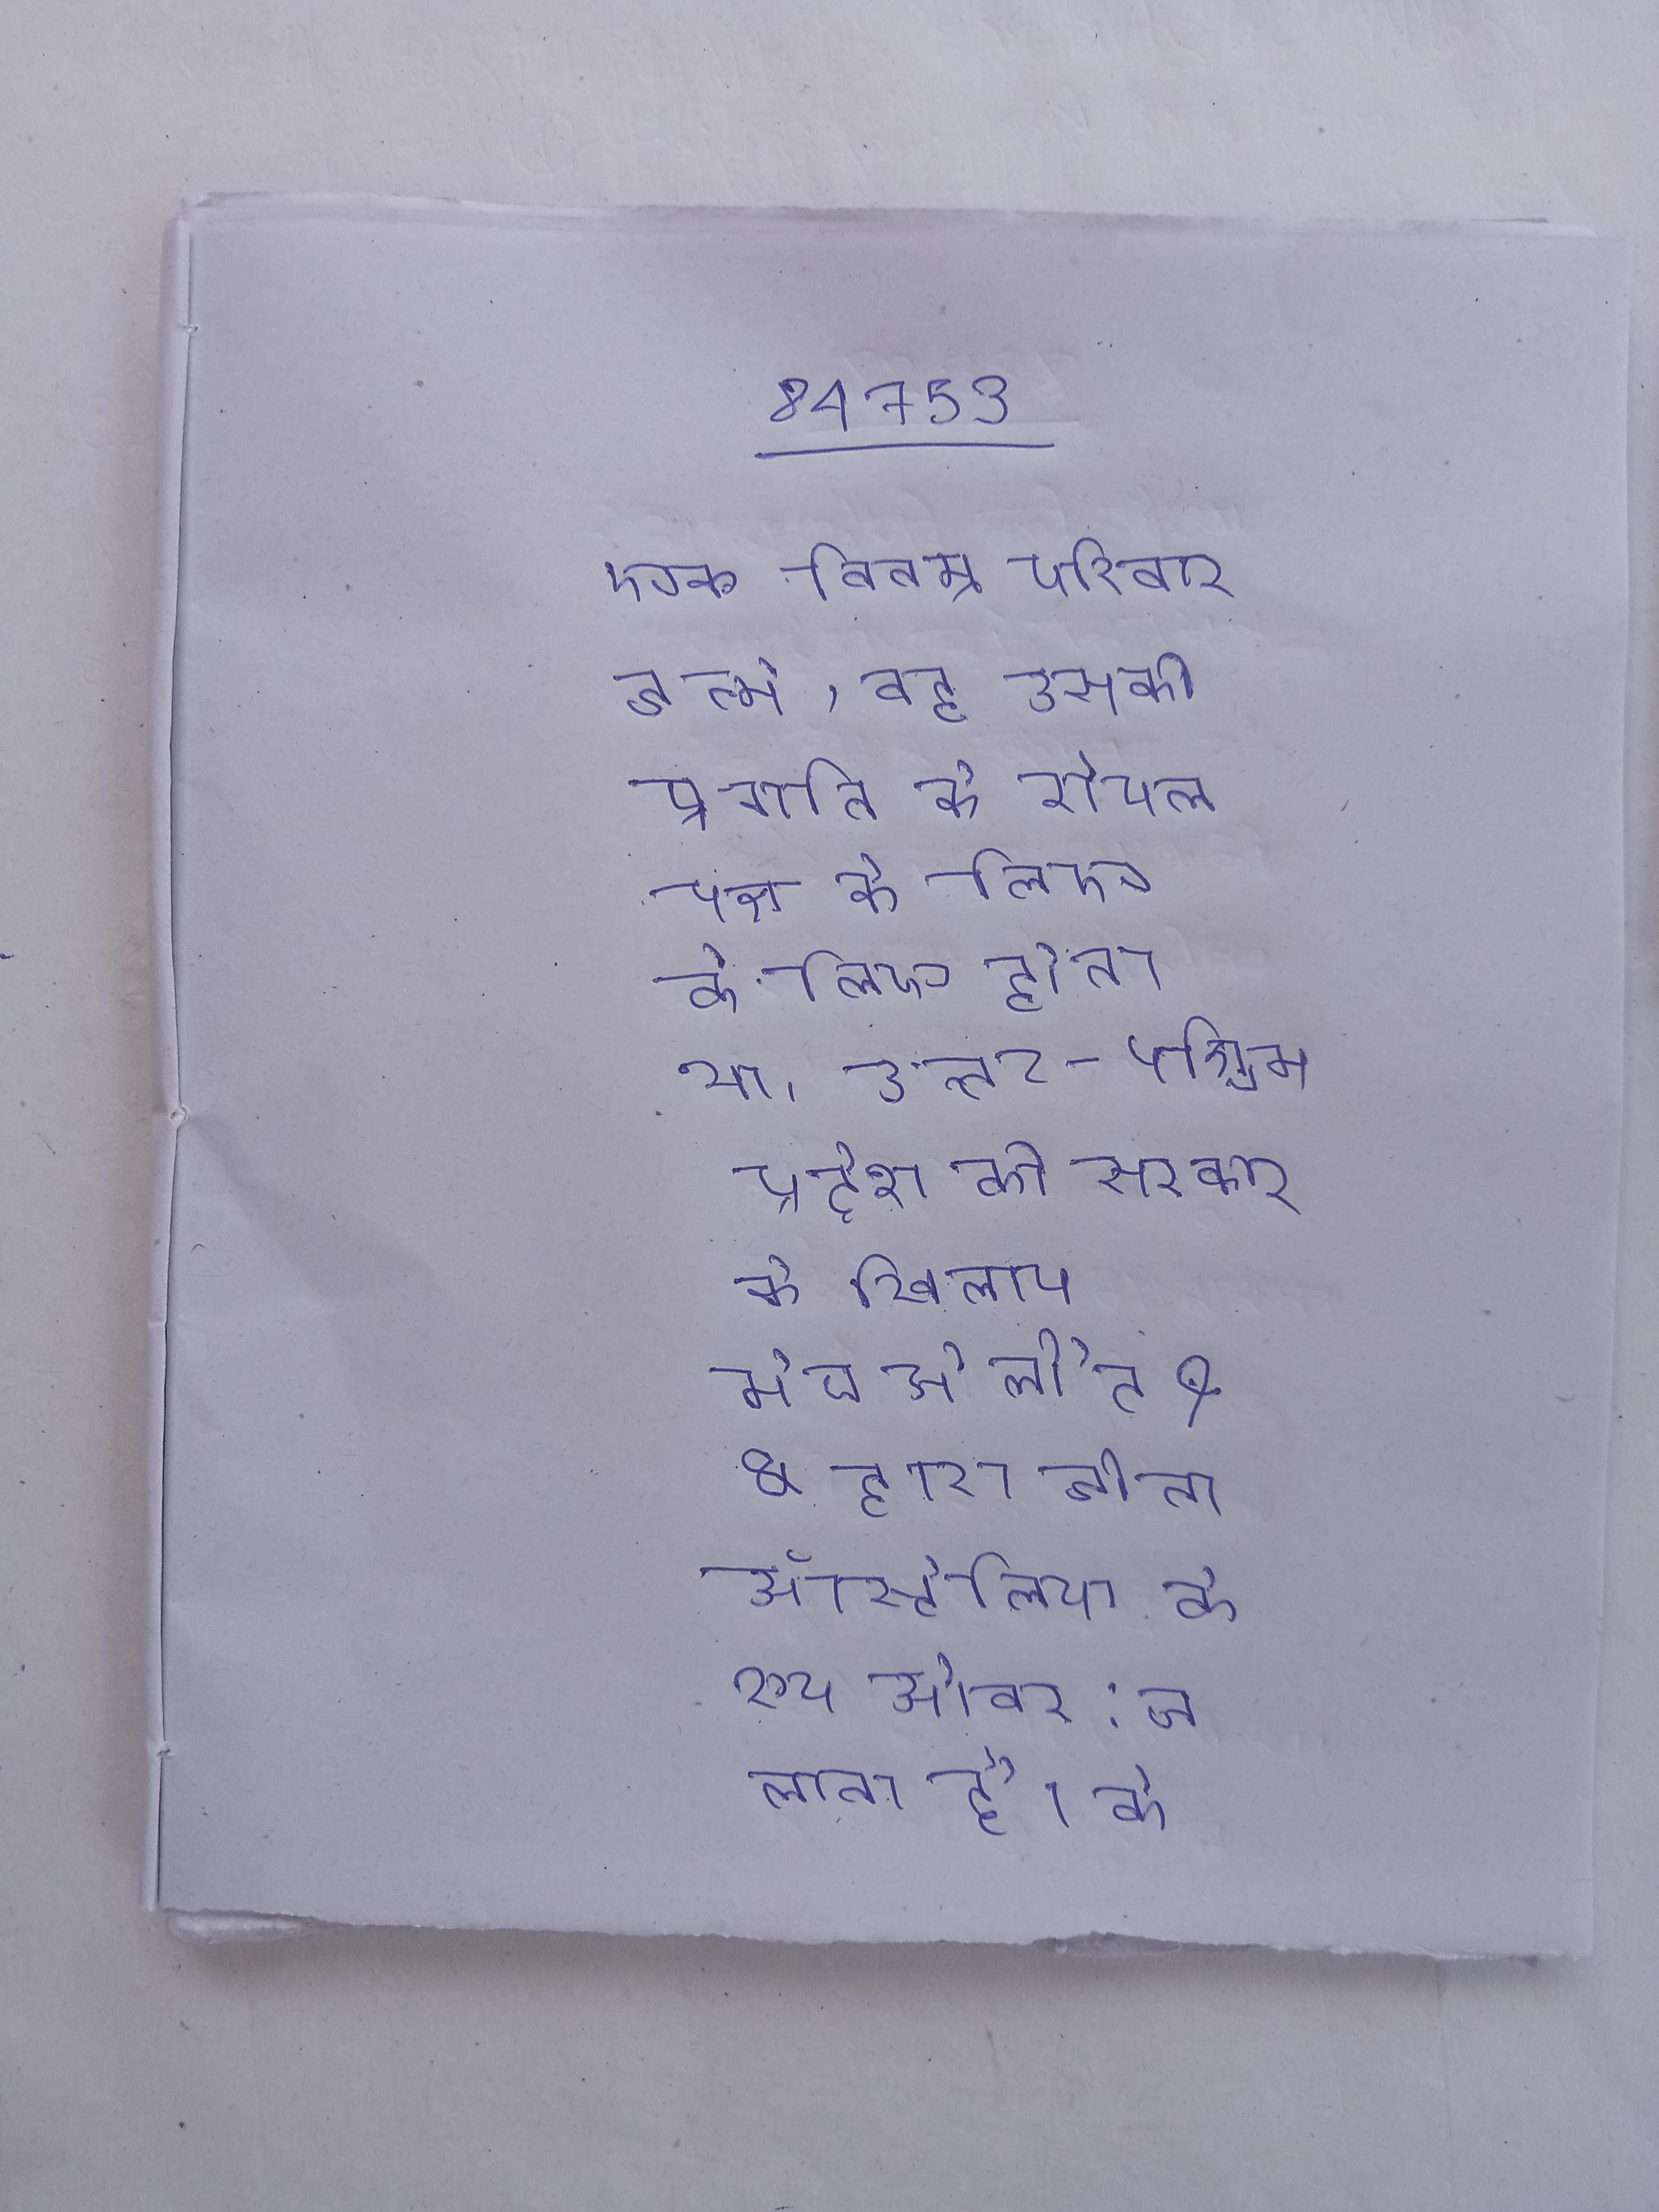
एक विनम्र परिवार जन्मे, वह उसकी प्रगति के रॉयल पक्ष के लिए होता था । उत्तर-पश्चिम प्रदेश की सरकार, . के खिलाफ मैच से लौटे & & द्वारा जीता ऑस्ट्रेलिया के रूप ओवर; चलाता है । के नाम से भी जाना जाता था ।